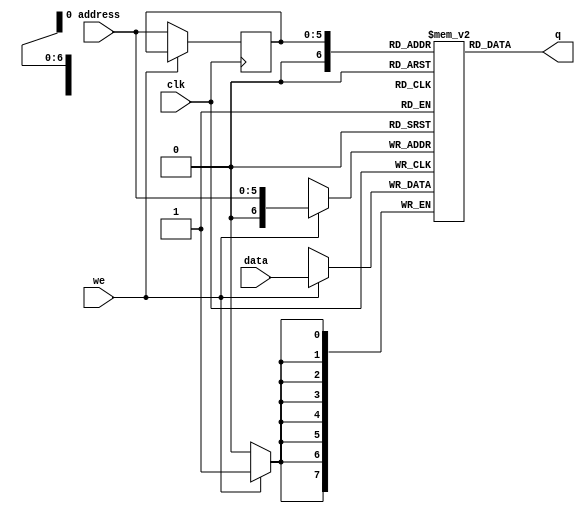
// This program was cloned from: https://github.com/ekb0412/100DaysofRTL
// License: Apache License 2.0

`timescale 1ns / 1ps

module single_port_ram
    #(parameter addr_width = 6,
      parameter data_width = 8,
      parameter depth = 128)
     
     (input [data_width-1:0] data,  
      input [addr_width-1:0] address,  
      input we,clk,                 
      output [data_width-1:0] q);

reg [data_width-1:0] ram [depth-1:0];

reg [addr_width-1:0] addr_reg;

always @(posedge clk)
    begin
        if(we)
           ram[address] <=data; 
        else
           addr_reg <=address;
    end
    
assign q= ram[addr_reg];

endmodule